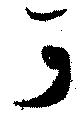
可